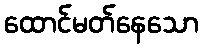
ထောင်မတ်နေသော